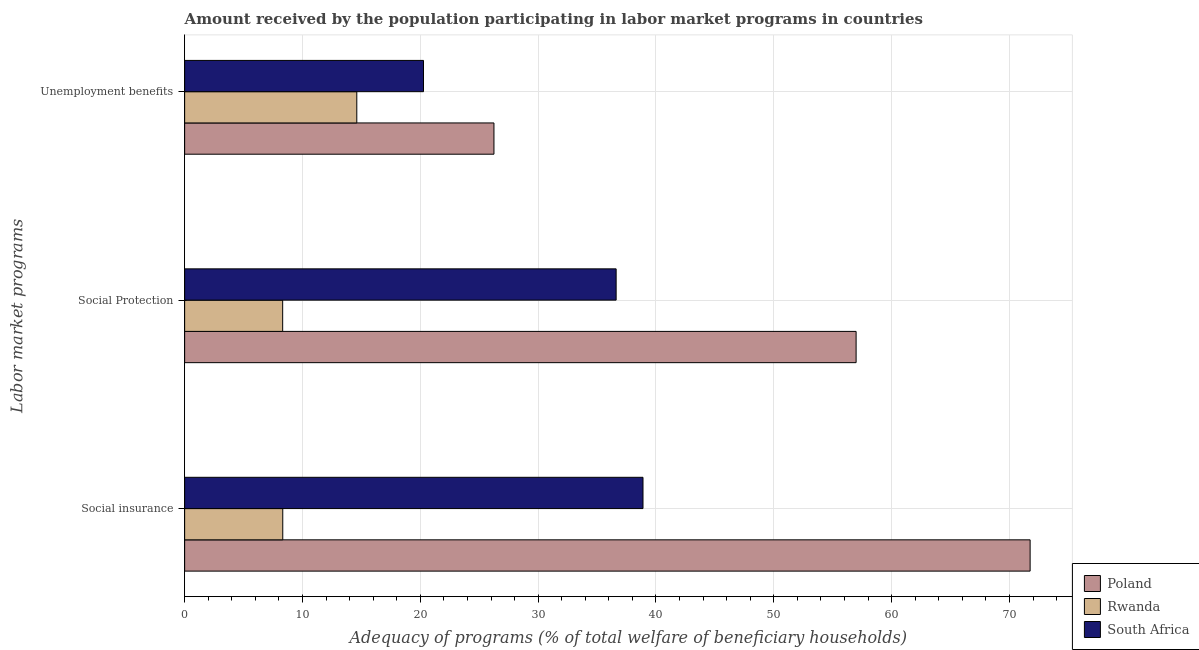
| Labor market programs | Poland | Rwanda | South Africa |
 | --- | --- | --- | --- |
 | Social insurance | 71.8 | 8.33 | 38.9 |
 | Social Protection | 57 | 8.32 | 36.6 |
 | Unemployment benefits | 26.3 | 14.6 | 20.3 |